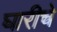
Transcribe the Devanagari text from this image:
घारीचे